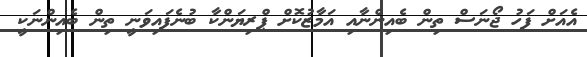
އެއަށް ފަހު ޖޯނަސް ތިން ބެއިންނާއި އަމާޒުކޮށް ޕްރިޔަންކާ ބުނެފައިވަނީ ތިން ބެއިންނަކީ